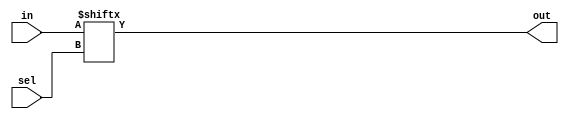
`timescale 1ns / 1ps
//////////////////////////////////////////////////////////////////////////////////
// Company: 
// Engineer: 
// 
// Design Name: 
// Module Name: Mux4X1B
// Project Name: 
// Target Devices: 
// Tool Versions: 
// Description: 
// 
// Dependencies: 
// 
// Revision:
// Revision 0.01 - File Created
// Additional Comments:
// 
//////////////////////////////////////////////////////////////////////////////////


module Mux4X1B(in,sel,out);
input [3:0] in;
input [1:0] sel;
output out;

assign out = in[sel];
endmodule